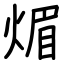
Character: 煝